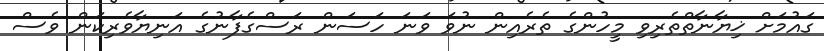
ގައުމަށް ޚިޔާނާތްތެރިވި މީހުންގެ ތެރެއިން ނުވަ ވަނަ ހަސަން ރަސްގެފާނުގެ އަނިޔާވެރިކަން ވެސް